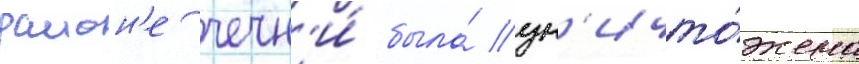
раион'е чечн'и́ была́ ун'ичто́жена